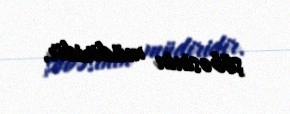
şöbəsinin müdiridir.